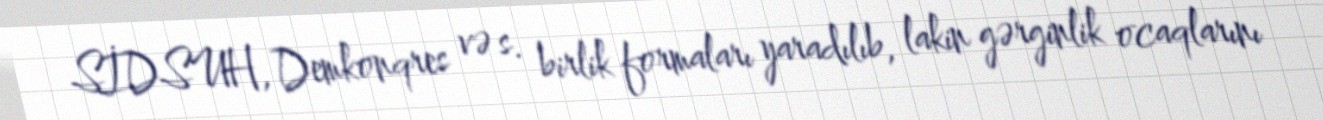
SİDSUH, Demkonqres və s. birlik formaları yaradılıb, lakin gərginlik ocaqlarını